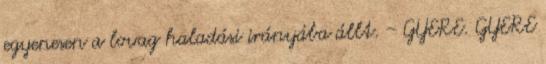
egyenesen a lovag haladási irányába állt. - GYERE. GYERE